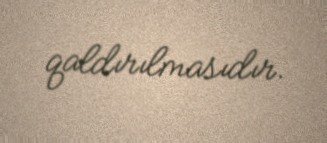
qaldırılmasıdır.